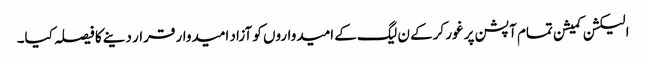
الیکشن کمیشن تمام آپشن پر غور کرکے ن لیگ کے امیدواروں کو آزاد امیدوار قرار دینے کا فیصلہ کیا۔